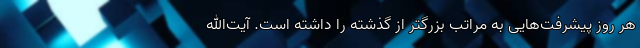
هر روز پیشرفت‌هایی به مراتب بزرگتر از گذشته را داشته‌ است. آیت‌الله